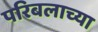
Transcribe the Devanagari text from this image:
परिबलाच्या